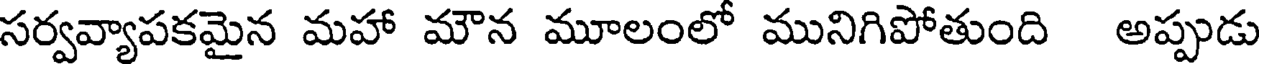
సర్వవ్యాపకమైన మహా మౌన మూలంలో మునిగిపోతుంది అప్పుడు